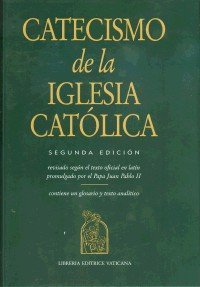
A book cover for Catecismo de la Iglesia Catolica: Segunda Edicion; Revisado Sequn el Texto Oficial en Latin Promulgado por el Papa Juan Pablo II (Catechism of the Catholic Church, Second Edition) (Spanish Edition); Vatican; Christian Books & Bibles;